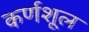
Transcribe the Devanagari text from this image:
कर्णशूल